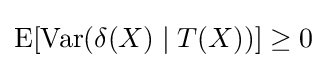
\operatorname {E} [\operatorname {Var} (\delta (X)\mid T(X))]\geq 0